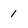
Character: 1